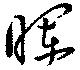
暉